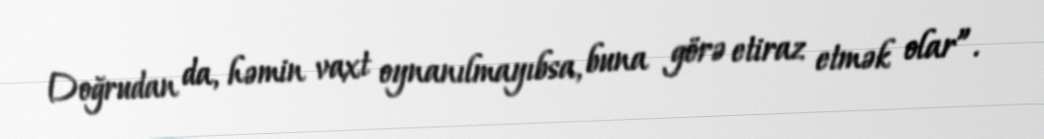
Doğrudan da, həmin vaxt oynanılmayıbsa, buna görə etiraz etmək olar”.